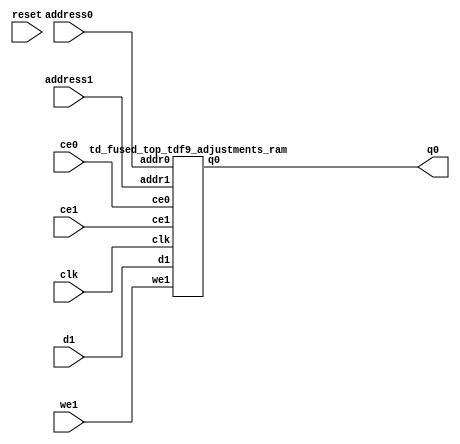
`define EXPONENT 5
`define MANTISSA 10
`define ACTUAL_MANTISSA 11
`define EXPONENT_LSB 10
`define EXPONENT_MSB 14
`define MANTISSA_LSB 0
`define MANTISSA_MSB 9
`define MANTISSA_MUL_SPLIT_LSB 3
`define MANTISSA_MUL_SPLIT_MSB 9
`define SIGN 1
`define SIGN_LOC 15
`define DWIDTH (`SIGN+`EXPONENT+`MANTISSA)
`define IEEE_COMPLIANCE 1

module td_fused_top_tdf9_adjustments(
    reset,
    clk,
    address0,
    ce0,
    q0,
    address1,
    ce1,
    we1,
    d1);

parameter DataWidth = 32'd48;
parameter AddressRange = 32'd64;
parameter AddressWidth = 32'd6;
input reset;
input clk;
input[AddressWidth - 1:0] address0;
input ce0;
output[DataWidth - 1:0] q0;
input[AddressWidth - 1:0] address1;
input ce1;
input we1;
input[DataWidth - 1:0] d1;



td_fused_top_tdf9_adjustments_ram td_fused_top_tdf9_adjustments_ram_U(
    .clk( clk ),
    .addr0( address0 ),
    .ce0( ce0 ),
    .q0( q0 ),
    .addr1( address1 ),
    .ce1( ce1 ),
    .we1( we1 ),
    .d1( d1 )
);

endmodule
module td_fused_top_tdf9_adjustments_ram (addr0, ce0, q0, addr1, ce1, d1, we1,  clk);

parameter DWIDTH = 48;
parameter AWIDTH = 6;
parameter MEM_SIZE = 64;

input[AWIDTH-1:0] addr0;
input ce0;
output wire[DWIDTH-1:0] q0;
input[AWIDTH-1:0] addr1;
input ce1;
input[DWIDTH-1:0] d1;
input we1;
input clk;

 reg [DWIDTH-1:0] ram[MEM_SIZE-1:0];
wire [AWIDTH-1:0] addr0_t0; 
reg [AWIDTH-1:0] addr0_t1; 
reg [DWIDTH-1:0] q0_t0;
reg [DWIDTH-1:0] q0_t1;
wire [AWIDTH-1:0] addr1_t0; 
reg [AWIDTH-1:0] addr1_t1; 
wire [DWIDTH-1:0] d1_t0; 
wire we1_t0; 
reg [DWIDTH-1:0] d1_t1; 
reg we1_t1; 


assign addr0_t0 = addr0;
assign q0 = q0_t1;
assign addr1_t0 = addr1;
assign d1_t0 = d1;
assign we1_t0 = we1;

always @(posedge clk)  
begin
    if (ce0) 
    begin
        addr0_t1 <= addr0_t0; 
        q0_t1 <= q0_t0;
    end
    if (ce1) 
    begin
        addr1_t1 <= addr1_t0; 
        d1_t1 <= d1_t0;
        we1_t1 <= we1_t0;
    end
end


always @(posedge clk)  
begin 
    if (ce0) begin
        q0_t0 <= ram[addr0_t1];
    end
end


always @(posedge clk)  
begin 
    if (ce1) begin
        if (we1_t1) 
            ram[addr1_t1] <= d1_t1; 
    end
end


endmodule